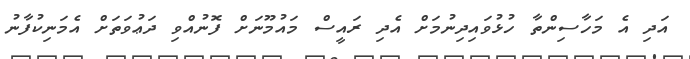
އަދި އެ މަހާސިންތާ ހުޅުވައިދިނުމަށް އެދި ރައީސް މައުމޫނަށް ފޮނުއްވި ދަޢުވަތަށް އެމަނިކުފާނު